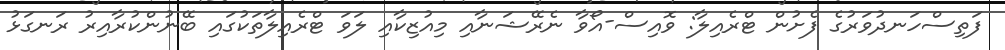
ފަތިސްހަނދުވަރުގެ ފެށުން ޓްރެއިލާ: ވޮއިސް-އޯވާ ނެރޭޝަނާއި މިއުޒިކާއި ލަވަ ޓްރެއިލާތަކުގައި ބޭނުންކުރާއިރު ރަނގަޅު